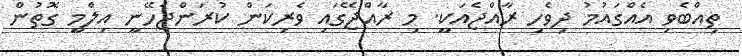
ތިއްބެވި އެއްގައުމު ދިވެހި ރާއްޖެއަކީ. މި ރާއްޖޭގައި ވެރިކަން ކުރަންޖެހޭނީ އިލްމީ ގޮތުން